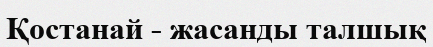
Қостанай - жасанды талшық